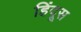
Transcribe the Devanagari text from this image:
हिंदूस